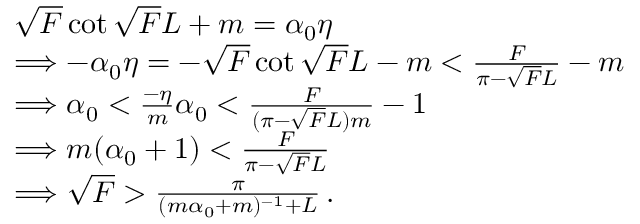
\begin{array} { r l } & { \sqrt { F } \cot \sqrt { F } L + m = \alpha _ { 0 } \eta } \\ & { \Longrightarrow - \alpha _ { 0 } \eta = - \sqrt { F } \cot \sqrt { F } L - m < \frac { F } { \pi - \sqrt { F } L } - m } \\ & { \Longrightarrow \alpha _ { 0 } < \frac { - \eta } { m } \alpha _ { 0 } < \frac { F } { ( \pi - \sqrt { F } L ) m } - 1 } \\ & { \Longrightarrow m ( \alpha _ { 0 } + 1 ) < \frac { F } { \pi - \sqrt { F } L } } \\ & { \Longrightarrow \sqrt { F } > \frac { \pi } { ( m \alpha _ { 0 } + m ) ^ { - 1 } + L } \, . } \end{array}